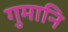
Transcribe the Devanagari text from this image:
गुमानि